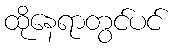
ထိုနေရာတွင်ပင်